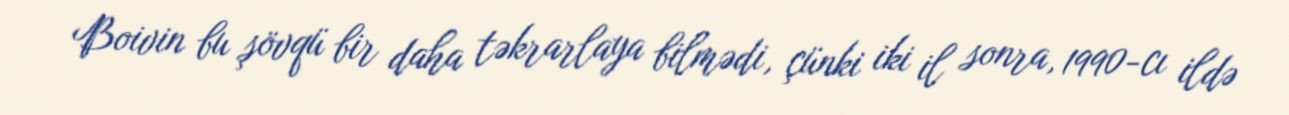
Boivin bu şövqü bir daha təkrarlaya bilmədi, çünki iki il sonra, 1990-cı ildə